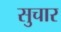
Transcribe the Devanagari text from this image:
सुचार